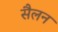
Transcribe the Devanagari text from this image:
सैलन